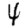
Digit: 4